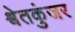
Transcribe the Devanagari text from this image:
श्वेतकुंजर